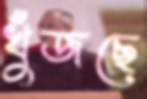
খুঁজছে